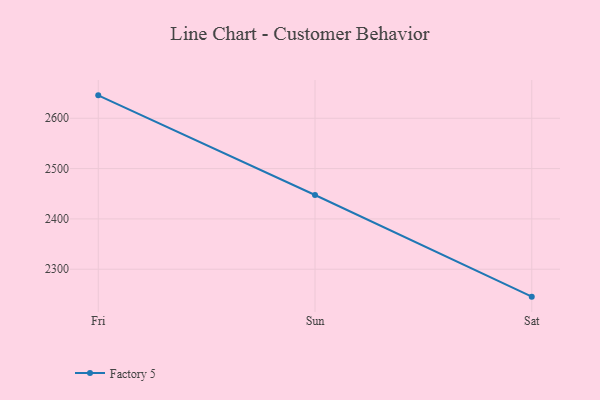
{"axis": {"x": "Day", "y": "Production Output"}, "legend": ["Factory 5"], "data": [{"x": "Fri", "y": 2645.6, "type": "Factory 5"}, {"x": "Sun", "y": 2447.5, "type": "Factory 5"}, {"x": "Sat", "y": 2245.5, "type": "Factory 5"}]}